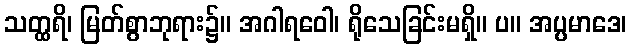
သတ္ထရိ၊ မြတ်စွာဘုရား၌။ အဂါရဝေါ၊ ရိုသေခြင်းမရှိ။ ပ။ အပ္ပမာဒေ၊